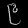
Digit: ၉